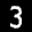
Label: 3